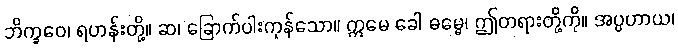
ဘိက္ခဝေ၊ ရဟန်းတို့။ ဆ၊ ခြောက်ပါးကုန်သော။ ဣမေ ခေါ ဓမ္မေ၊ ဤတရားတို့ကို။ အပ္ပဟာယ၊